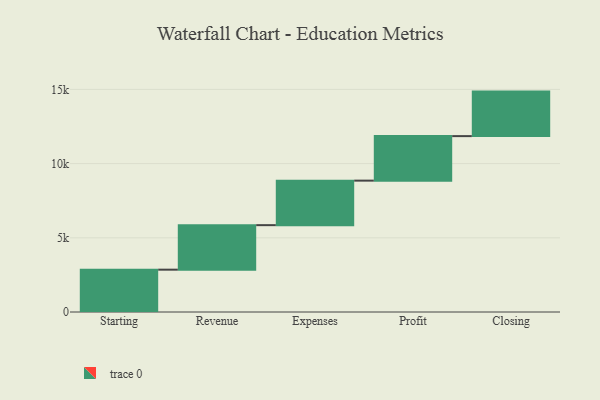
{"axis": {"x": "Step", "y": "Value"}, "legend": [""], "data": [{"x": "Starting", "y": 2853.0, "type": ""}, {"x": "Revenue", "y": 3000, "type": ""}, {"x": "Expenses", "y": 3000, "type": ""}, {"x": "Profit", "y": 3000, "type": ""}, {"x": "Closing", "y": 3000, "type": ""}]}